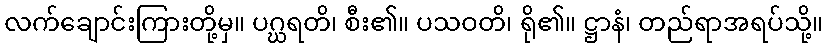
လက်ချောင်းကြားတို့မှ။ ပဂ္ဃရတိ၊ စီး၏။ ပသဝတိ၊ ရို၏။ ဋ္ဌာနံ၊ တည်ရာအရပ်သို့။